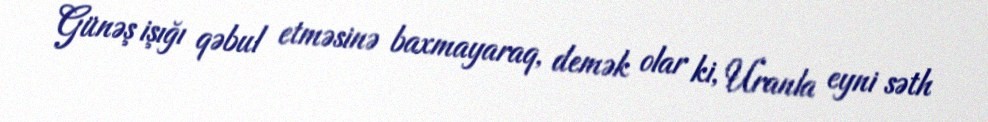
Günəş işığı qəbul etməsinə baxmayaraq, demək olar ki, Uranla eyni səth